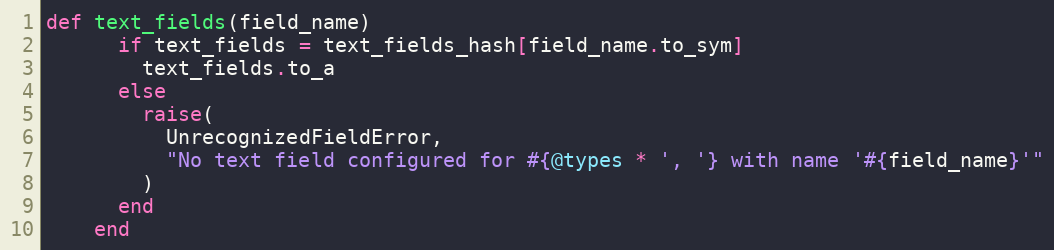
Language: Ruby
def text_fields(field_name)
      if text_fields = text_fields_hash[field_name.to_sym]
        text_fields.to_a
      else
        raise(
          UnrecognizedFieldError,
          "No text field configured for #{@types * ', '} with name '#{field_name}'"
        )
      end
    end